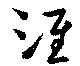
淮